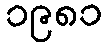
၁၉၈၁